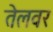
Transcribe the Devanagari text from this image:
तेलवर